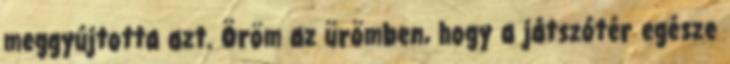
meggyújtotta azt. Öröm az ürömben, hogy a játszótér egésze